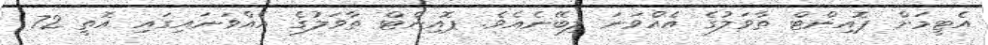
އެޓީމަށް ޕޮއިންޓް ތާވަލުގެ އެއްވަނަ ލިބޭނެއެވެ. ޕޮއިންޓް ތާވަލުގެ އެއްވަނައިގައި އޮތީ 72